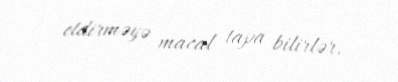
etdirməyə macal tapa bilirlər.